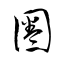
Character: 圏